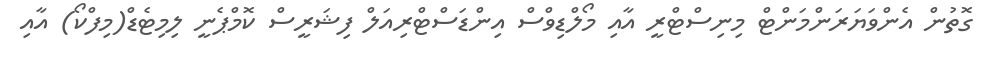
ގޮތުން އެންވަޔަރަންމަންޓް މިނިސްޓްރީ އާއި މޯލްޑިވްސް އިންޑަސްޓްރިއަލް ފިޝަރީސް ކޮމްޕެނީ ލިމިޓެޑް(މިފްކޯ) އާއި